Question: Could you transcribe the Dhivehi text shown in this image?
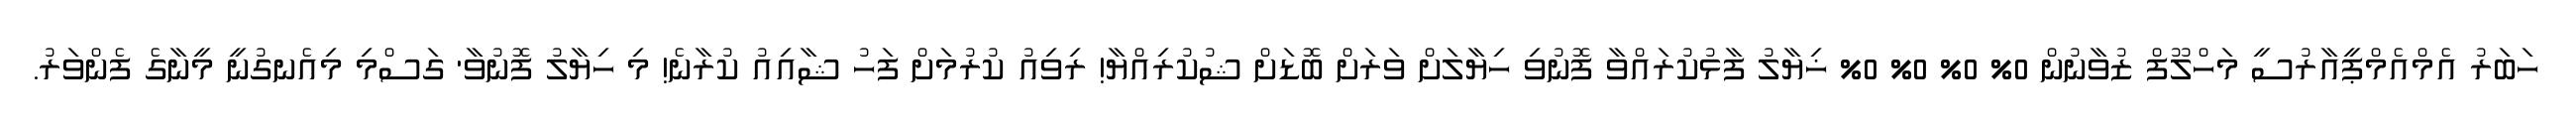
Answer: ހަބަރު އެމްއެމްޕީއާރުސީ މަހްލޫފް ޒުވާނުން 0% 0% 0% 0% ޚިޔާލު ފާޅުކުރައްވާ ފޮނުވި ހިޔާލަށް ވަރަށް ބޮޑަށް ޝުކުރިއްޔާ! ރިވިއު ކުރުމަށް ފަހު ޝާއިއު ކުރާނެ! މި ހިޔާލު ފޮނުވާ' ގަސްމި މިއެނގުނީ މީނާގެ ފެންވަރު.